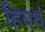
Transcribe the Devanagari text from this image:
हियर्थ